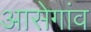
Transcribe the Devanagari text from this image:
आसेगांव